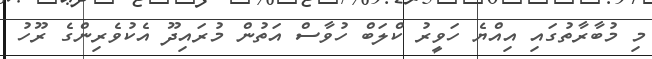
މި މުބާރާތުގައި އިއްޔެ ހަވީރު ކްލަބް ހުވާސް އަތުން މުރައިދޫ އެކުވެރިންގެ ރޫހު